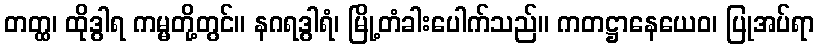
တတ္ထ၊ ထိုဒွါရ ကမ္မတို့တွင်။ နဂရဒွါရံ၊ မြို့တံခါးပေါက်သည်။ ကတဋ္ဌာနေယေဝ၊ ပြုအပ်ရာ